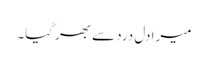
میرا دل درد سے بھر گیا۔